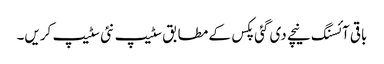
باقی آئسنگ نیچے دی گئی پکس کے مطابق سٹیپ نئی سٹیپ کریں۔